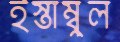
ইস্তাম্বুল